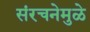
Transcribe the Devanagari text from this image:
संरचनेमुळे